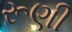
રૂણી